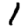
Digit: 1